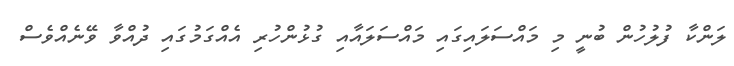
ލަންކާ ފުލުހުން ބުނީ މި މައްސަލައިގައި މައްސަލައާއި ގުޅުންހުރި އެއްގަމުގައި ދުއްވާ ވޭނެއްވެސް